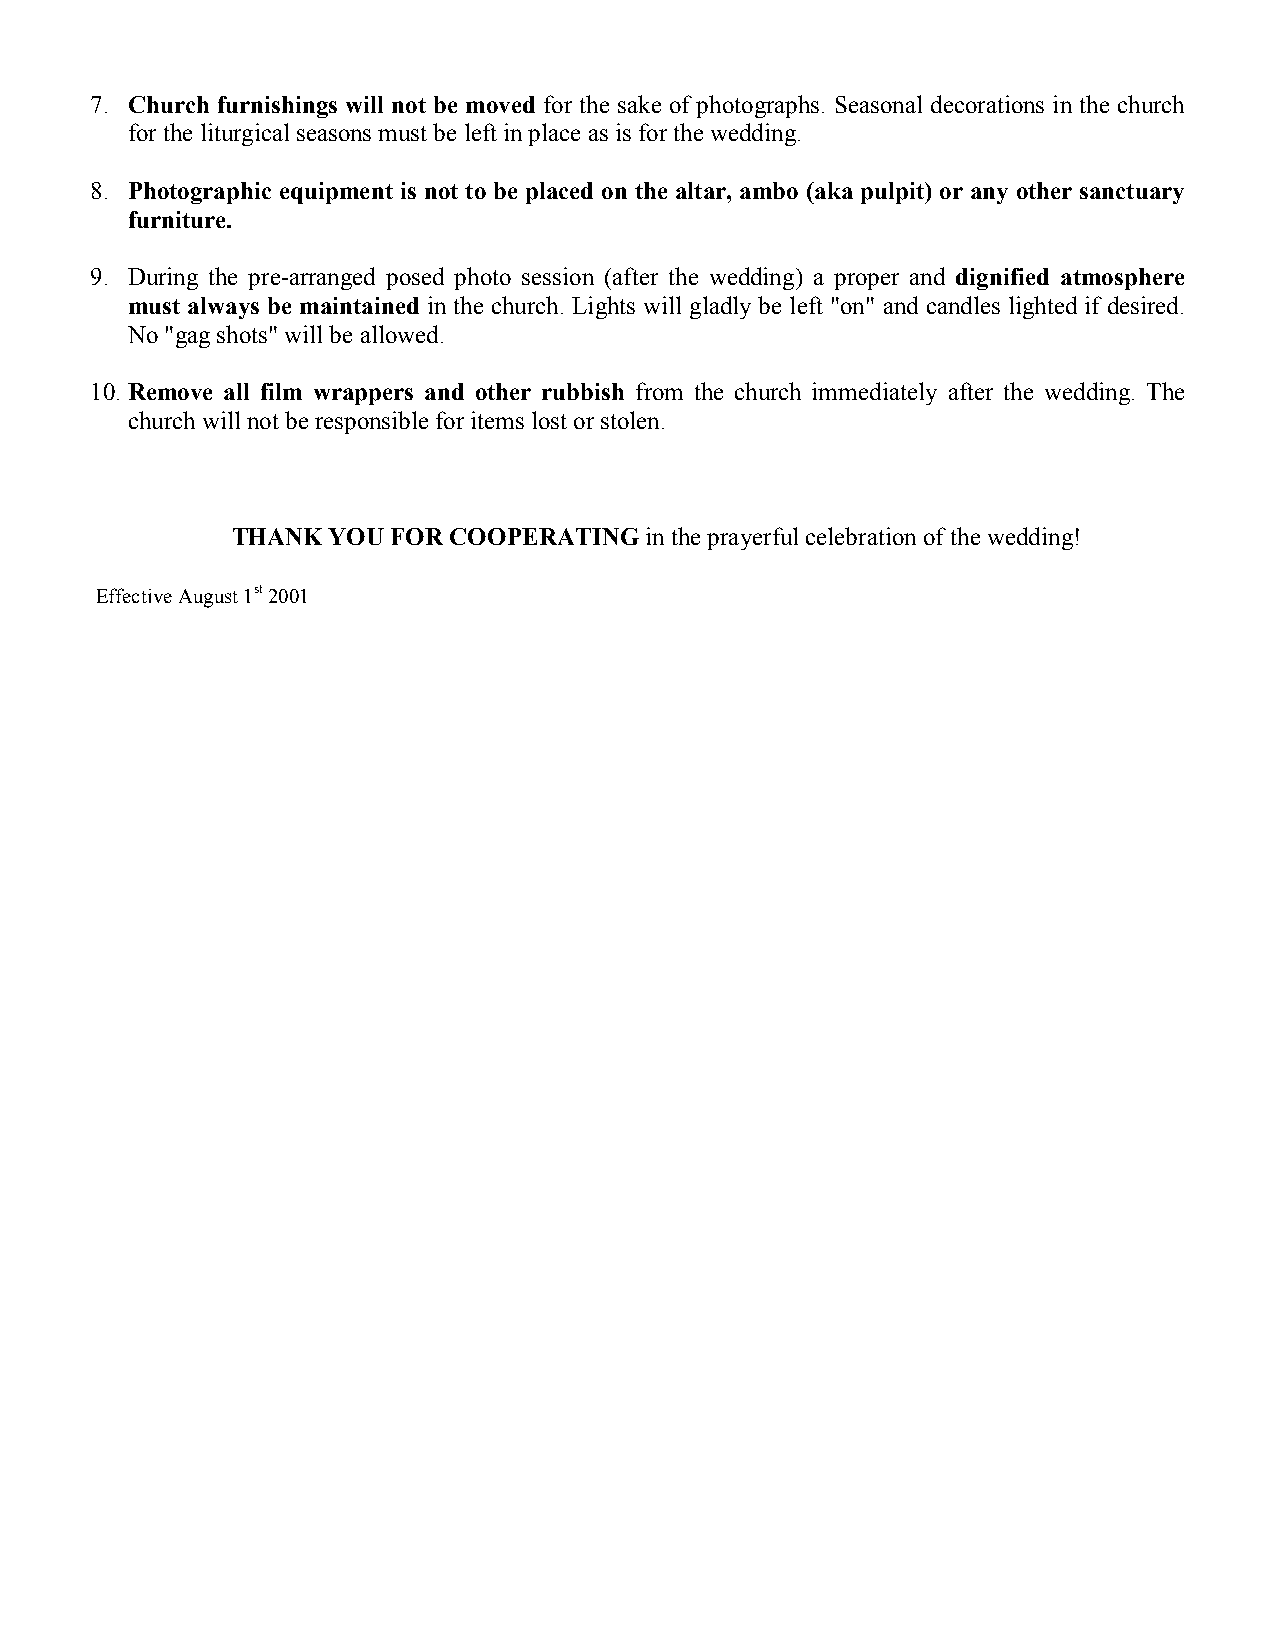
7. Church furnishings will not be moved for the sake of photographs. Seasonal decorations in the church
 for the liturgical seasons must be left in place as is for the wedding.
 8. Photographic equipment is not to be placed on the altar, ambo (aka pulpit) or any other sanctuary
 furniture.
 9. During the pre-arranged posed photo session (after the wedding) a proper and dignified atmosphere
 must always be maintained in the church. Lights will gladly be left "on" and candles lighted if desired.
 No "gag shots" will be allowed.
 10. Remove all film wrappers and other rubbish from the church immediately after the wedding. The
 church will not be responsible for items lost or stolen.
 THANK  YOU FOR COOPERATING  in the prayerful celebration of the wedding!
 Effective August 1st 2001